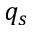
q _ { s }